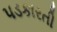
પડકારતી